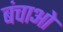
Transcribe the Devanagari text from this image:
बंचाओ